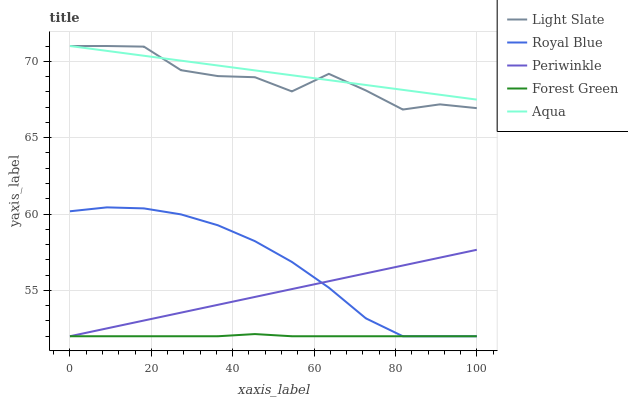
| xaxis_label | Light Slate | Royal Blue | Periwinkle | Forest Green | Aqua |
 | --- | --- | --- | --- | --- | --- |
 | 0 | 71 | 60.2 | 52 | 52 | 71 |
 | 9.09 | 71 | 60.4 | 52.5 | 52 | 70.7 |
 | 18.2 | 71 | 60.4 | 53 | 52 | 70.4 |
 | 27.3 | 69.4 | 60 | 53.5 | 52 | 70 |
 | 36.4 | 69 | 59.3 | 54.1 | 52 | 69.7 |
 | 45.5 | 69 | 58.2 | 54.6 | 52.1 | 69.4 |
 | 54.5 | 68 | 56.9 | 55.1 | 52 | 69.1 |
 | 63.6 | 69.2 | 55.2 | 55.6 | 52 | 68.8 |
 | 72.7 | 68.1 | 53.2 | 56.1 | 52 | 68.4 |
 | 81.8 | 66.8 | 52 | 56.6 | 52 | 68.1 |
 | 90.9 | 67.2 | 52 | 57.1 | 52 | 67.8 |
 | 100 | 66.9 | 52 | 57.7 | 52 | 67.5 |